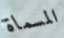
المسماة